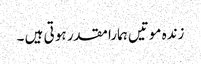
زندہ موتیں ہمارا مقدر ہو تی ہیں ۔